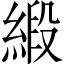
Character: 緞